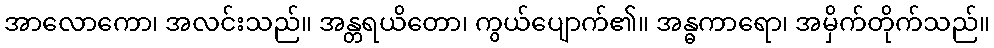
အာလောကော၊ အလင်းသည်။ အန္တရယိတော၊ ကွယ်ပျောက်၏။ အန္ဓကာရော၊ အမှိက်တိုက်သည်။